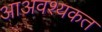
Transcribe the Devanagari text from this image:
आअवश्यकत